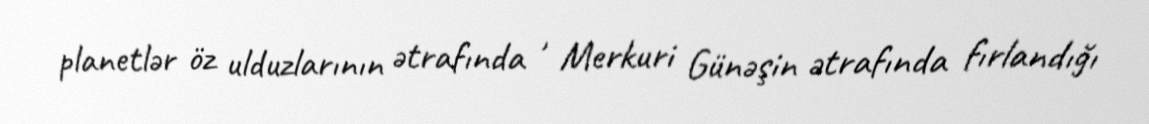
planetlər öz ulduzlarının ətrafında , Merkuri Günəşin ətrafında fırlandığı